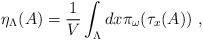
LaTeX: \begin{align*}\eta_{\Lambda}(A) = \frac{1}{V}\int_{\Lambda} d{x} \pi_{\omega}(\tau_{{x}}(A)) \ ,\end{align*}